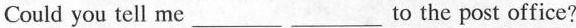
Could you tell meto ___ ___ the post office?